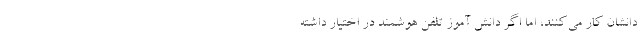
دانشان کار می‌کنند، اما اگر دانش آموز تلفن هوشمند در اختیار داشته